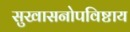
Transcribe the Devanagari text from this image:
सुखासनोपविष्टाय